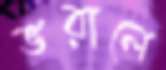
ভরালে